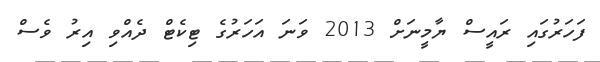
ފަހަރުގައި ރައީސް ޔާމީނަށް 2013 ވަނަ އަހަރުގެ ޓިކެޓް ދެއްވި އިރު ވެސް